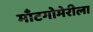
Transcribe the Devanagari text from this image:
माँटगोमेरीला